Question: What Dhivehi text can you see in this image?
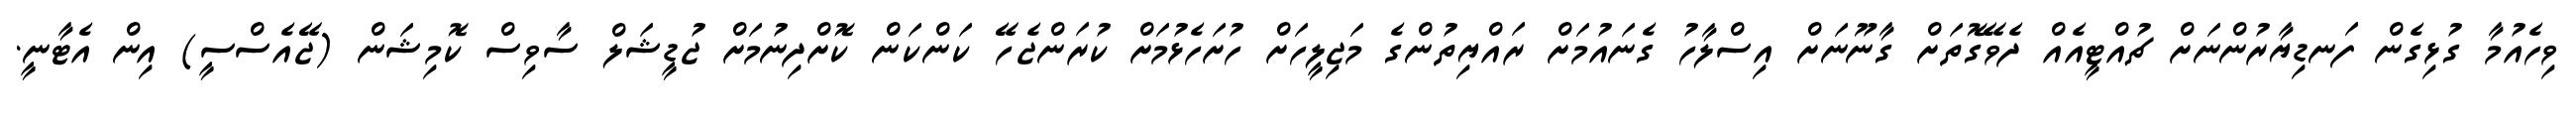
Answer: ވިހެއުމާ ގުޅިގެން ފަނޑިޔާރުންނަށް ޗުއްޓީއެއް ދެވޭގޮތަށް ގާނޫނަށް އިސްލާހު ގެނައުމަށް ރައްޔިތުންގެ މަޖިލީހަށް ހުށަހެޅުމަށް ކުރަންޖެހޭ ކަންކަން ކޮށްދިނުމަށް ޖުޑީޝަލް ސާވިސް ކޮމިޝަން (ޖޭއެސްސީ) އިން އެޓާނީ.